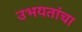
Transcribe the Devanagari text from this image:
उभयतांचा